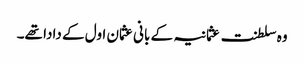
وہ سلطنت عثمانیہ کے بانی عثمان اول کے دادا تھے۔